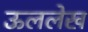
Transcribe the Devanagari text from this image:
ऊललेख